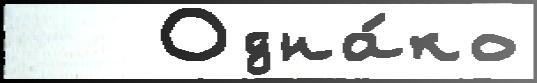
   Одна́ко